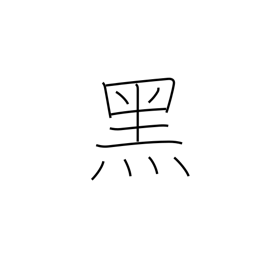
Meaning: sinister